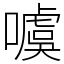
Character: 噳